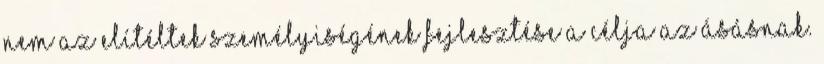
nem az elítéltek személyiségének fejlesztése a célja az ásásnak.